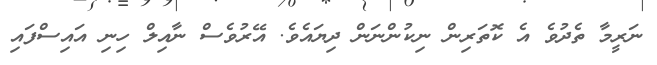
ނަރީމާ ތެދުވެ އެ ކޮތަރިން ނިކުންނަން ދިޔައެވެ. އޭރުވެސް ނާއިލް ހިނި އައިސްފައި